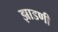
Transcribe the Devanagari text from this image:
झाडणी